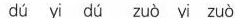
dú yi dú zuò yi zuò